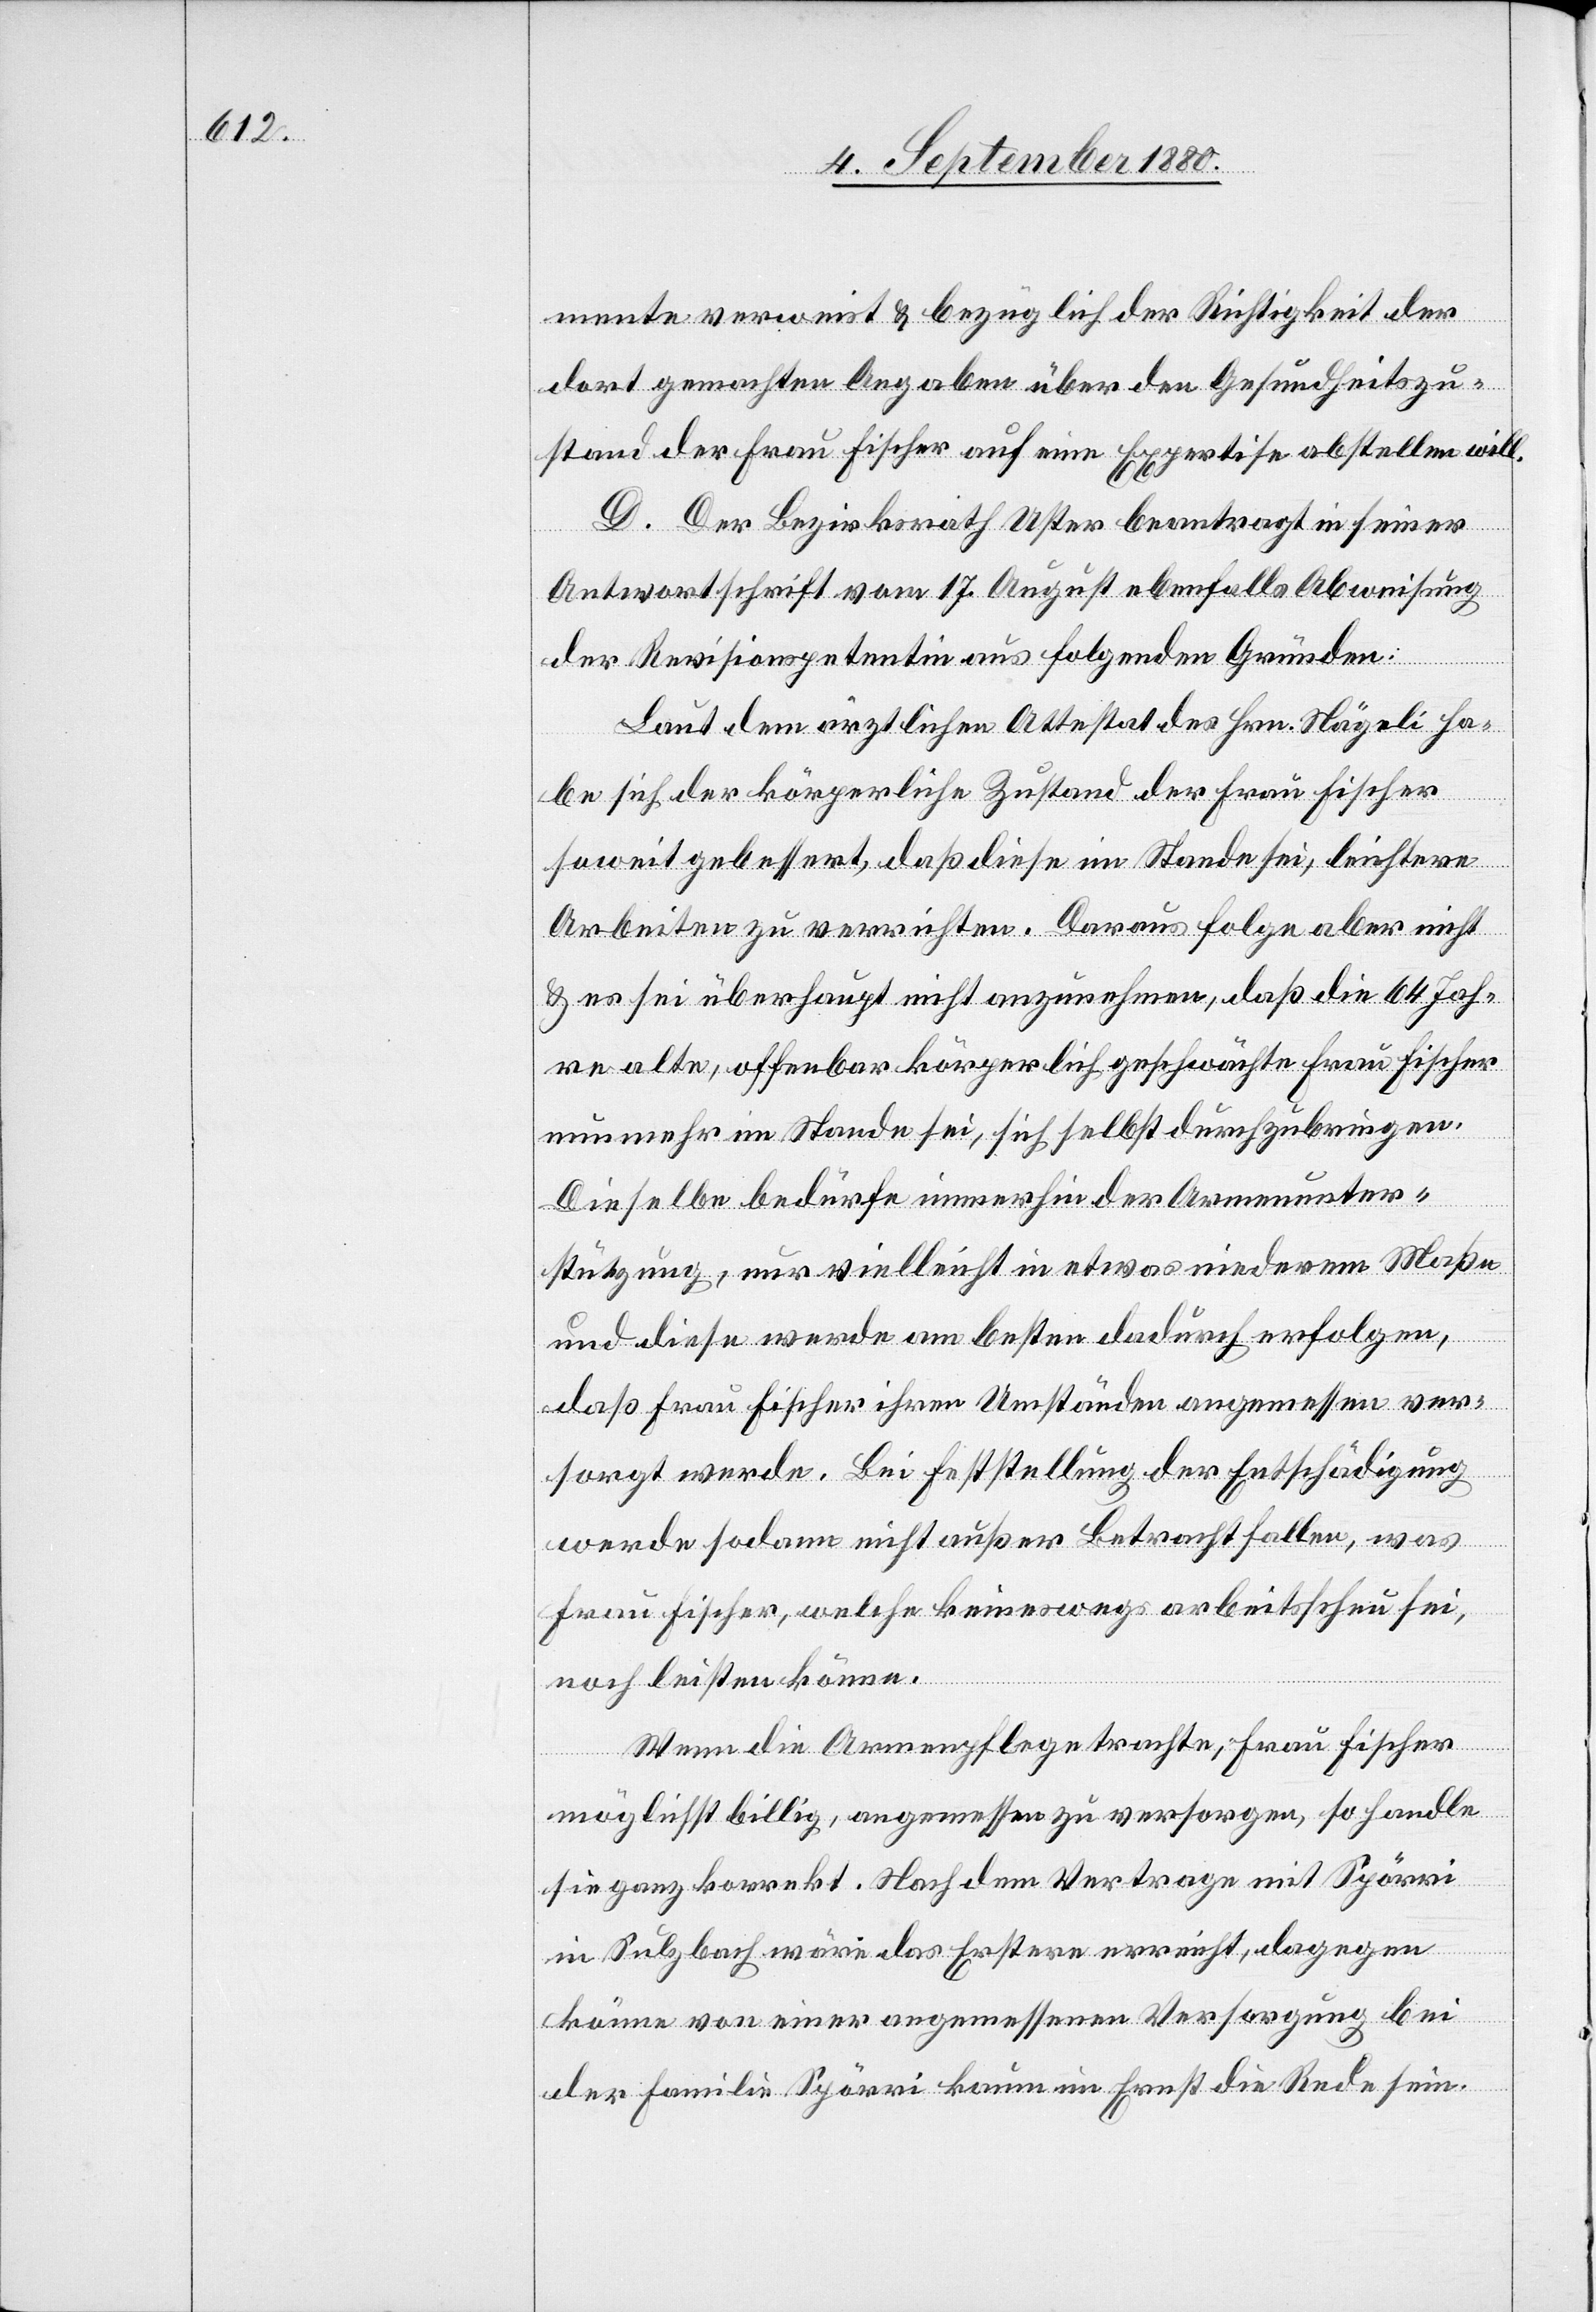
mente verweist & bezüglich der Richtigkeit der
dort gemachten Angaben über den Gesundheitszu¬
stand der Frau Fischer auf eine Expertise abstellen will.
D. Der Bezirksrath Uster beantragt in seiner
Antwortschrift vom 17. August ebenfalls Abweisung
der Revisionspetentin aus folgenden Gründen:
Laut dem ärztlichen Attest des Hrn. Nägeli ha¬
be sich der körperliche Zustand der Frau Fischer
soweit gebessert, daß diese im Stande sei, leichtere
Arbeiten zu verrichten. Daraus folge aber nicht
& es sei überhaupt nicht anzunehmen, daß die 64 Jah¬
re alte, offenbar körperlich geschwächte Frau Fischer
nun mehr im Stande sei, sich selbst durchzubringen.
Dieselbe bedürfe immerhin der Armenunter¬
stützung, nur vielleicht in etwas niederem Maße
und diese werde am besten dadurch erfolgen,
daß Frau Fischer ihren Umständen angemessen ver¬
sorgt werde. Bei Feststellung der Entschädigung
werde sodann nicht außer Betracht fallen, was
Frau Fischer, welche keineswegs arbeitsscheu sei,
noch leisten könne.
Wenn die Armenpflege trachte, Frau Fischer
möglichst billig, angemessen zu versorgen, so handle
sie ganz korrekt. Nach dem Vertrage mit Spörri
in Sulzbach wäre das Erstere erreicht, dagegen
könne von einer angemessenen Versorgung bei
der Familie Spörri kaum im Ernst die Rede sein.